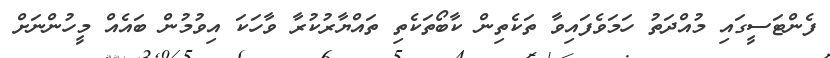
ފެންޓަސީގައި މުއްދަތު ހަމަވެފައިވާ ތަކެތިން ކާބޯތަކެތި ތައްޔާރުކުރާ ވާހަކަ އިވުމުން ބައެއް މީހުންނަށް